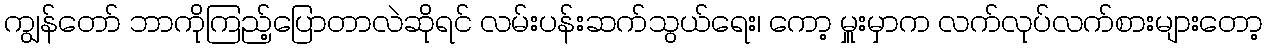
ကျွန်တော် ဘာကိုကြည့်ပြောတာလဲဆိုရင် လမ်းပန်းဆက်သွယ်ရေး၊ ကော့ မှူးမှာက လက်လုပ်လက်စားများတော့